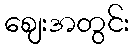
ဈေးအတွင်း